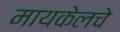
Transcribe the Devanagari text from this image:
मायकेलचे